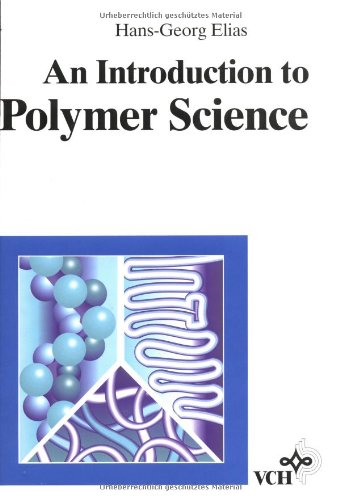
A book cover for An Introduction to Polymer Science; Hans-Georg Elias; Science & Math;